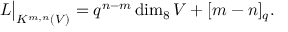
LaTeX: L \big | _ { K ^ { m , n } ( V ) } = q ^ { n - m } \dim _ { 8 } V + [ m - n ] _ { q } .